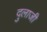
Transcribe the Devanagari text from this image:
दुलाजी